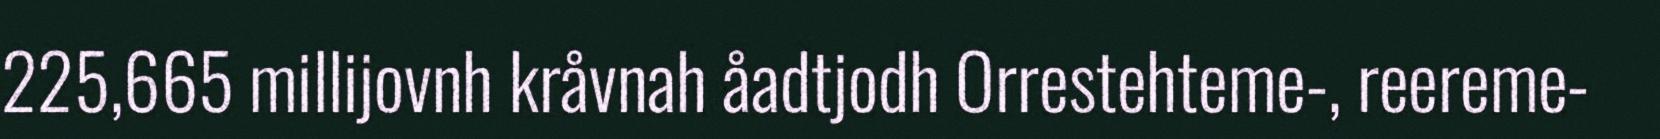
225,665 millijovnh kråvnah åadtjodh Orrestehteme-, reereme-